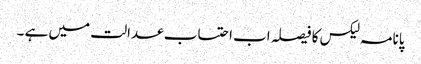
پانامہ لیکس کا فیصلہ اب احتساب عدالت میں ہے ۔